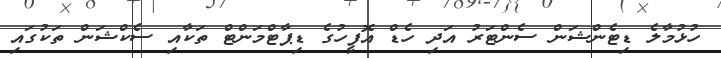
ހުޅުމާލެ ޑިޓެންޝަން ސެންޓަރު އަދި ހެޑް އޮފީހުގެ ޑިޕާޓްމަންޓް ތަކާއި ސެކްޝަން ތަކުގައި